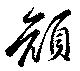
顏